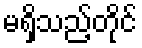
မရှိသည့်တိုင်